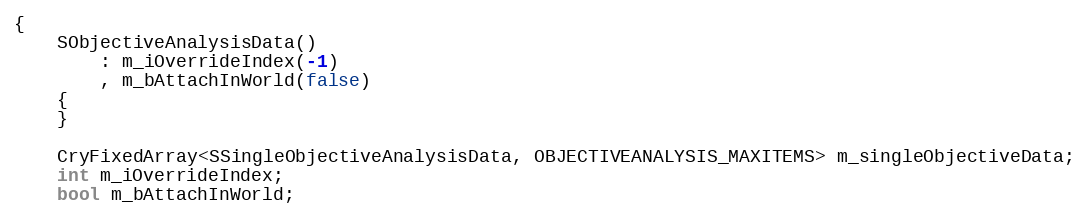
Language: C
{
	SObjectiveAnalysisData()
		: m_iOverrideIndex(-1)
		, m_bAttachInWorld(false)
	{
	}

	CryFixedArray<SSingleObjectiveAnalysisData, OBJECTIVEANALYSIS_MAXITEMS> m_singleObjectiveData;
	int m_iOverrideIndex;
	bool m_bAttachInWorld;